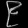
Digit: ၉